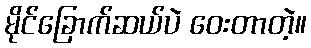
မိုင်ခြောက်ဆယ်ပဲ ဝေးတာတဲ့။